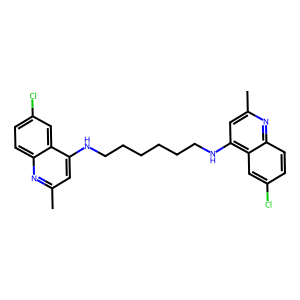
SMILES: Cc1cc(NCCCCCCNc2cc(C)nc3ccc(Cl)cc23)c2cc(Cl)ccc2n1
Inhibits HIV replication: No